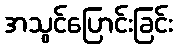
အသွင်ပြောင်းခြင်း